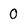
Character: 0